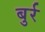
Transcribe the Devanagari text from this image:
बुर्र